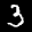
Label: 3